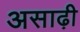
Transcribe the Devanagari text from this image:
असाढ़ी